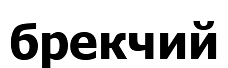
брекчий